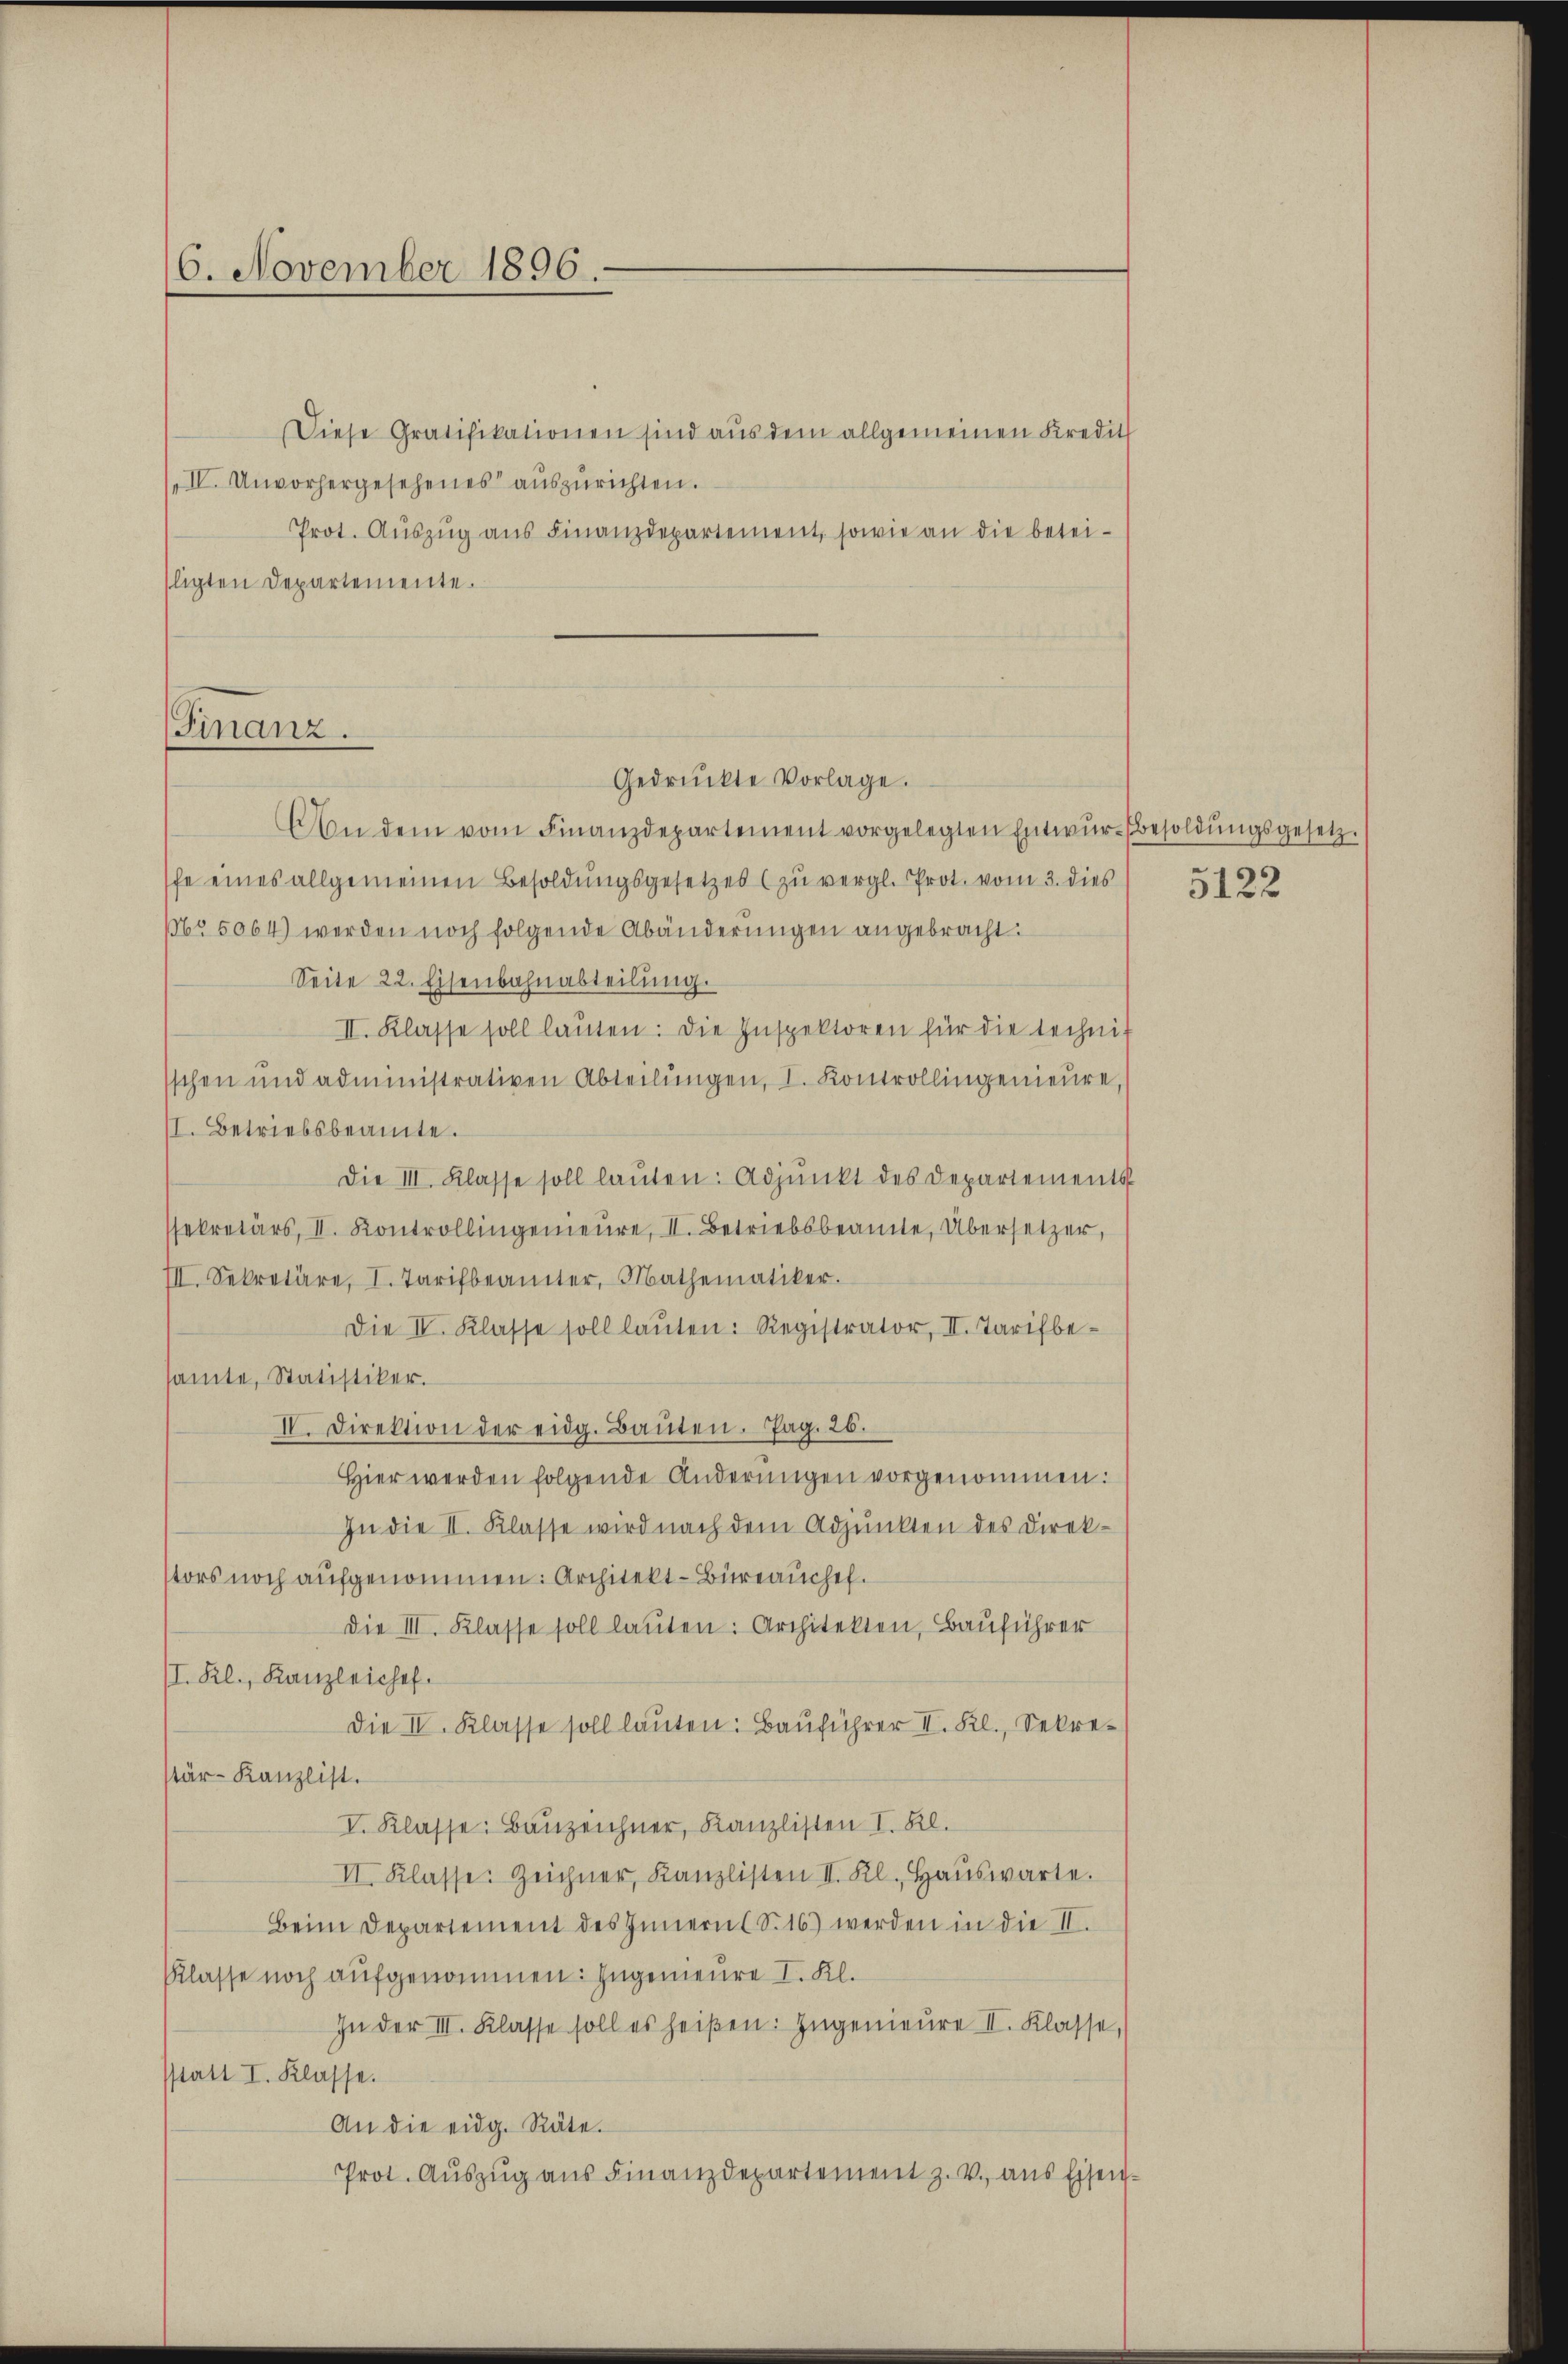
16. November 1896.

Diese Gratifikationen sind aus dem allgemeinen Kredit
IV. Unvorhergesehenes aŭszŭrichten.
Prot. Aŭszŭg aŭs Finanzdepartement, sowie an die betei-
sligten Departemente.

Finanz.

Gedrückte Vorlage.

An dem vom Finanzdepartement vorgelegten Entwŭr-Besoldŭngsgesetz.
ffe eines allgemeinen Besoldŭngsgesetzes zŭ vergl. Prot. vom 3. dies   122
Nr. 5064) werden noch folgende Abänderungen angebracht.
Seite 22. Eisenbahnabteilŭng.
II. Klasse soll laŭten: Die Inspektoren für die technis
sschen und administrativen Abteilŭngen, I. Kontrollingenieure,
II. Betriebsbeamte.
Die III. Klasse soll laŭten: Adjunkt des Departements
sekretärs, II. Kontrollingenieŭre, II. Betriebsbeamte, Übersetzer,
III. Sekretäre, I. Tarifbeamter, Mathematiker.
Die IV. Klasse soll laŭten: Registrator, II. Tarifbe-
samte, Statistiker.
IV. Direktion der eidg. Baŭten. Pag. 26.
Hier werden folgende Änderungen vorgenommen:
In die II. Klasse wird nach dem Adjunkten des Direk-
stors noch aufgenommen. Architekt-Büreauchef.
Die III. Klasse soll lauten: Architekten, Bauführer
II. Kl., Kanzleichef.
Die IV. Klasse soll lauten: Bauführer II. Kl., Sekrestär-Kanzlist.
V. Klasse: Bauzeichner, Kanzlisten I. Bl.
II. Klasse. Zeichner, Kanzlisten II. Kl. Haŭswarte.
Beim Departement des Innern S. 16) werden in die II.
Klasse noch aufgenommen: Ingenieure I. Kl.
In der III. Klasse soll es heißen: Ingenieure II. Klasse,
statt I. Klasse.
An die eidg. Räte.
Prot. Aŭszŭg aŭs Finanzdepartement z. v. aŭs Eisen¬